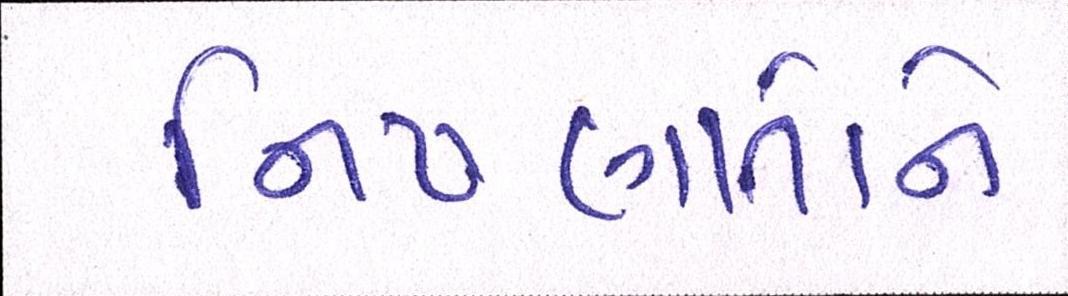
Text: નિષ્ણાતોને